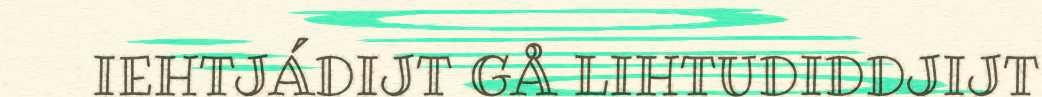
IEHTJÁDIJT GÅ LIHTUDIDDJIJT